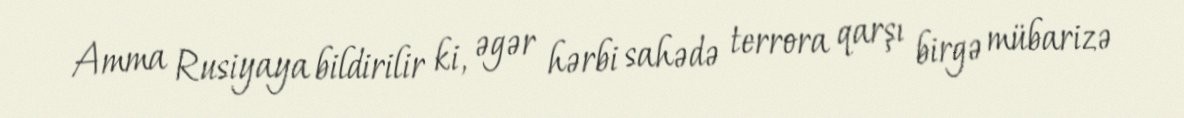
Amma Rusiyaya bildirilir ki, əgər hərbi sahədə terrora qarşı birgə mübarizə